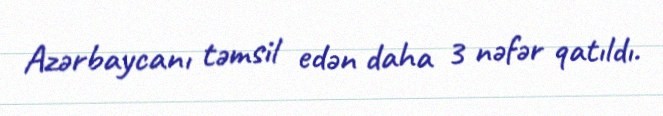
Azərbaycanı təmsil edən daha 3 nəfər qatıldı.